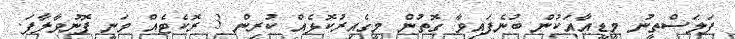
ފަލަސްތީނު މީޑީއާއަކުން ބުނެފައިވާ ގޮތުން މީގެއިރުކޮޅެއް ކުރިން 3 ރޮކެޓެއް ވަނީ ފޮނުވާލާފަ.